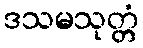
ဒသမသုတ္တံ